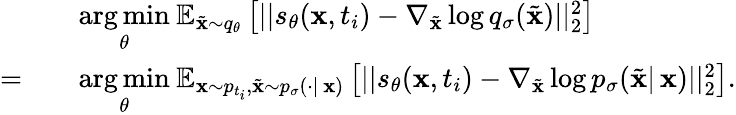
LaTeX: \begin{array}{rl}&{\underset{\theta}{\mathrm{arg}\, \mathrm{min}}\: \mathbb{E}_{\tilde{\mathbf{x}}\sim q_{\theta}}\left[||s_{\theta}(\mathbf{x},t_{i})-\nabla_{\tilde{\mathbf{x}}}\log q_{\sigma}(\tilde{\mathbf{x}})||_{2}^{2}\right]}\\ {=\quad}&{\underset{\theta}{\mathrm{arg}\, \mathrm{min}}\: \mathbb{E}_{\mathbf{x}\sim p_{t_{i}},\tilde{\mathbf{x}}\sim p_{\sigma}(\cdot|\, \mathbf{x})}\left[||s_{\theta}(\mathbf{x},t_{i})-\nabla_{\tilde{\mathbf{x}}}\log p_{\sigma}(\tilde{\mathbf{x}}|\, \mathbf{x})||_{2}^{2}\right].}\end{array}